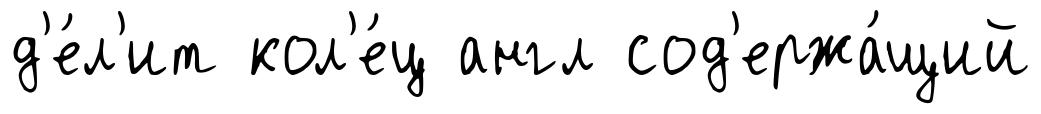
д'е́л'ит кол'е́ц англ сод'ержа́щий